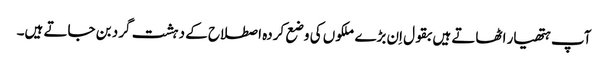
آپ ہتھیار اٹھاتے ہیں بقول اِن بڑے ملکوں کی وضع کردہ اصطلاح کے دہشت گرد بن جاتے ہیں۔